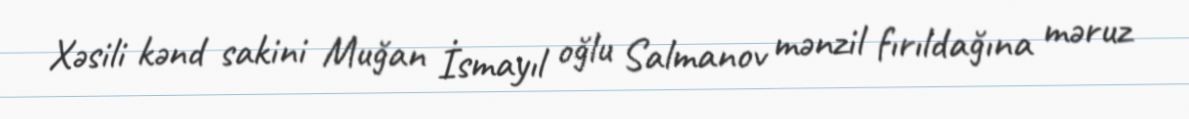
Xəsili kənd sakini Muğan İsmayıl oğlu Salmanov mənzil fırıldağına məruz